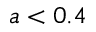
a < 0 . 4